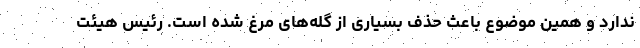
ندارد و همین موضوع باعث حذف بسیاری از گله‌های مرغ شده است. رئیس هیئت